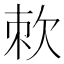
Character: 𭭇